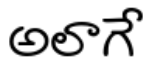
అలాగే